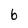
Character: b